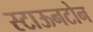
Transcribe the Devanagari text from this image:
स्टाऊनटोन